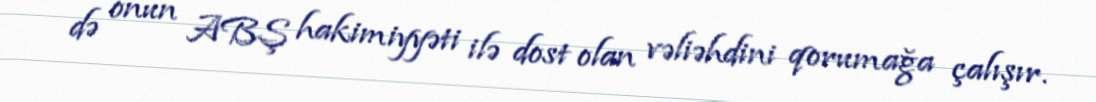
də onun ABŞ hakimiyyəti ilə dost olan vəliəhdini qorumağa çalışır.